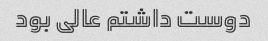
دوست داشتم عالی بود